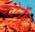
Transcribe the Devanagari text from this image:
फोर्नेबू